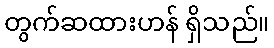
တွက်ဆထားဟန် ရှိသည်။